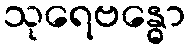
သုရေဗန္ဓော